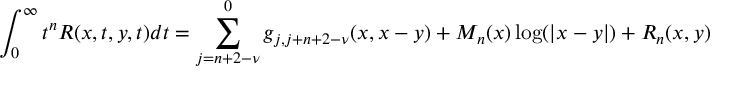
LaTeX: \int _ { 0 } ^ { \infty } t ^ { n } R ( x , t , y , t ) d t = \sum _ { j = n + 2 - \nu } ^ { 0 } g _ { j , j + n + 2 - \nu } ( x , x - y ) + M _ { n } ( x ) \log ( \vert x - y \vert ) + R _ { n } ( x , y )